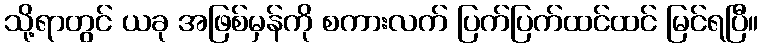
သို့ရာတွင် ယခု အဖြစ်မှန်ကို စကားလက် ပြက်ပြက်ထင်ထင် မြင်ရပြီ။